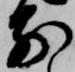
前